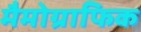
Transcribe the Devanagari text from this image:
मैमोग्राफिक